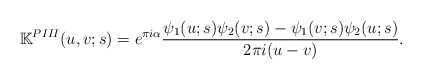
\begin{align*}\mathbb K^{PIII}(u,v;s)=e^{\pi i\alpha}\frac{\psi_1(u;s)\psi_2(v;s) - \psi_1(v;s)\psi_2(u;s)}{2 \pi i (u-v)}.\end{align*}